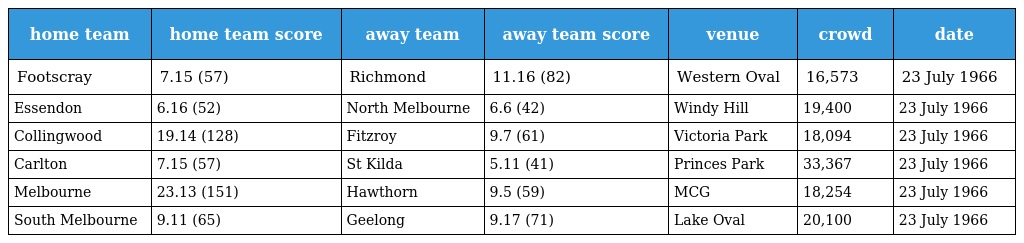
| home team | home team score | away team | away team score | venue | crowd | date |
 | --- | --- | --- | --- | --- | --- | --- |
 | Footscray | 7.15 (57) | Richmond | 11.16 (82) | Western Oval | 16,573 | 23 July 1966 |
 | Essendon | 6.16 (52) | North Melbourne | 6.6 (42) | Windy Hill | 19,400 | 23 July 1966 |
 | Collingwood | 19.14 (128) | Fitzroy | 9.7 (61) | Victoria Park | 18,094 | 23 July 1966 |
 | Carlton | 7.15 (57) | St Kilda | 5.11 (41) | Princes Park | 33,367 | 23 July 1966 |
 | Melbourne | 23.13 (151) | Hawthorn | 9.5 (59) | MCG | 18,254 | 23 July 1966 |
 | South Melbourne | 9.11 (65) | Geelong | 9.17 (71) | Lake Oval | 20,100 | 23 July 1966 |